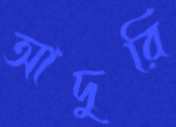
আদুরি